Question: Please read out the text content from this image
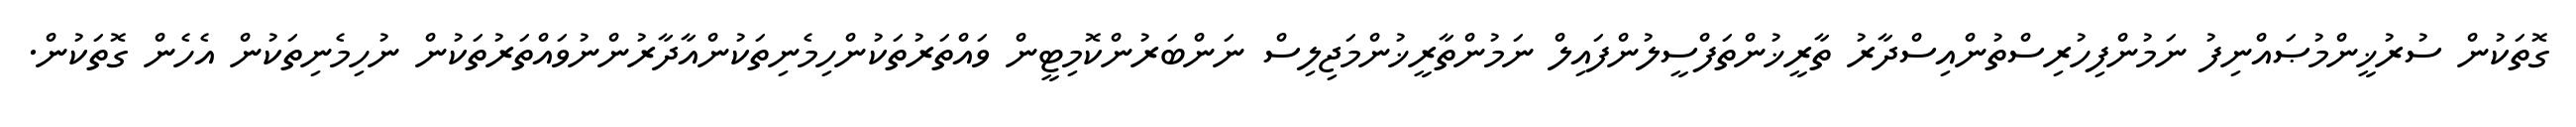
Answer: ގޮތަކުން ސުރުޚީންމުޞައްނިފު ނަމުންފިހުރިސްތުންއިސްދާރު ތާރީޚުންތަފްސީލުންފައިލް ނަމުންތާރީޚުންމަޖިލިސް ނަންބަރުންކޮމިޓީން ވައްތަރުތަކުންހިމެނިތަކުންއާދާރުންނުވައްތަރުތަކުން ނުހިމެނިތަކުން އެހެން ގޮތަކުން.